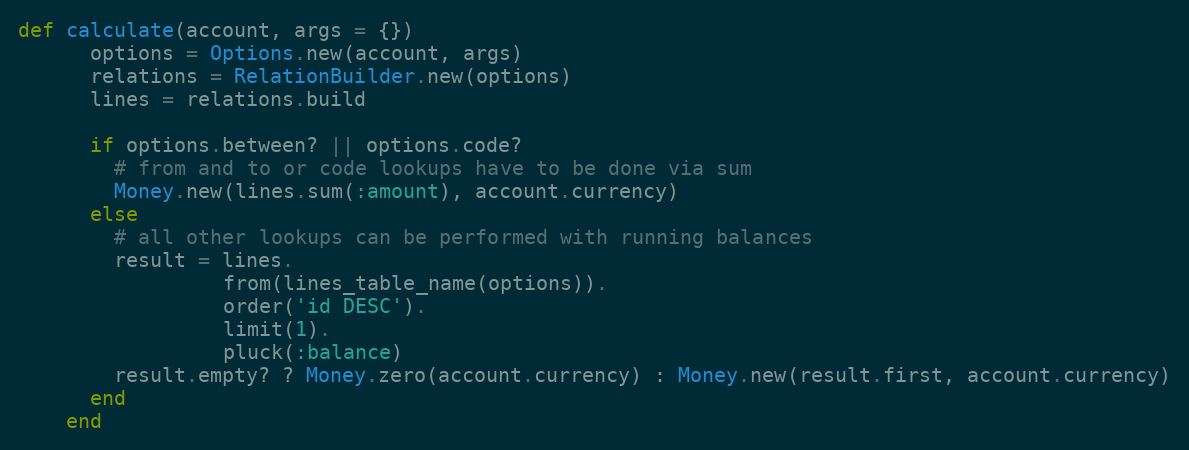
Language: Ruby
def calculate(account, args = {})
      options = Options.new(account, args)
      relations = RelationBuilder.new(options)
      lines = relations.build

      if options.between? || options.code?
        # from and to or code lookups have to be done via sum
        Money.new(lines.sum(:amount), account.currency)
      else
        # all other lookups can be performed with running balances
        result = lines.
                 from(lines_table_name(options)).
                 order('id DESC').
                 limit(1).
                 pluck(:balance)
        result.empty? ? Money.zero(account.currency) : Money.new(result.first, account.currency)
      end
    end